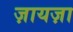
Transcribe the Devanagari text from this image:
ज़ायज़ा